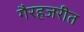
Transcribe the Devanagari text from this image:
गैरहजरीत